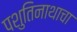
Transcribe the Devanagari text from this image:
पशुतिनाथाचा